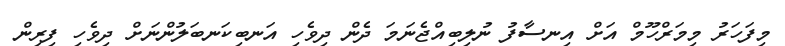
މިފަހަރު މިމަރްހޫމް އަށް އިނސާފު ނުލިބިއްޖެނަމަ ދެން ދިވެހި އަނބިކަނބަލުންނަށް ދިވެހި ފިރިން